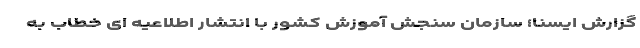
گزارش ایسنا؛ سازمان سنجش آموزش کشور با انتشار اطلاعیه ای خطاب به